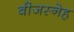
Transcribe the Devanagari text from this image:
बीजस्नेह